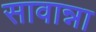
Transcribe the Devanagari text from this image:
सावान्ना